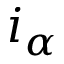
i _ { \alpha }